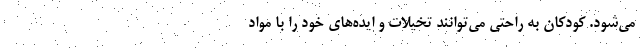
می‌شود. کودکان به راحتی می‌توانند تخیلات و ایده‌های خود را با مواد